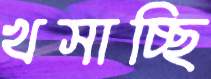
খসাচ্ছি